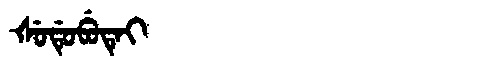
Manchu: ᡧᡠᡩᡠᠪᡠᡨᡝᡳ
Romanization: ŠUDUBUTEI